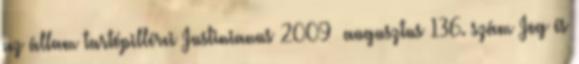
az állam tartópillérei Justinianus 2009 augusztus 136. szám Jog és